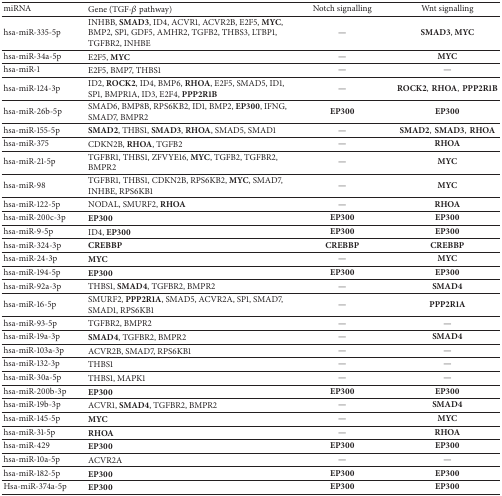
<table><thead><tr><td><b>miRNA</b></td><td><b>Gene (TGF-<i>β</i> pathway)</b></td><td><b>Notch signalling</b></td><td><b>Wnt signalling</b></td></tr></thead><tbody><tr><td>hsa-miR-335-5p</td><td>INHBB, <b>SMAD3</b>, ID4, ACVR1, ACVR2B, E2F5, <b>MYC</b>, BMP2, SP1, GDF5, AMHR2, TGFB2, THBS3, LTBP1, TGFBR2, INHBE</td><td>—</td><td><b>SMAD3</b>,<b> MYC</b></td></tr><tr><td>hsa-miR-34a-5p</td><td>E2F5, <b>MYC</b></td><td>—</td><td><b>MYC</b></td></tr><tr><td>hsa-miR-1</td><td>E2F5, BMP7, THBS1</td><td>—</td><td>—</td></tr><tr><td>hsa-miR-124-3p</td><td>ID2, <b>ROCK2</b>, ID4, BMP6, <b>RHOA</b>, E2F5, SMAD5, ID1, SP1, BMPR1A, ID3, E2F4, <b>PPP2R1B</b></td><td>—</td><td><b>ROCK2</b>,<b>RHOA</b>,<b></b><b>PPP2R1B</b></td></tr><tr><td>hsa-miR-26b-5p</td><td>SMAD6, BMP8B, RPS6KB2, ID1, BMP2, <b>EP300</b>, IFNG, SMAD7, BMPR2</td><td><b>EP300</b></td><td><b>EP300</b></td></tr><tr><td>hsa-miR-155-5p</td><td><b>SMAD2</b>, THBS1, <b>SMAD3</b>, <b>RHOA</b>, SMAD5, SMAD1</td><td>—</td><td><b>SMAD2</b>,<b>SMAD3</b>,<b>RHOA</b></td></tr><tr><td>hsa-miR-375</td><td>CDKN2B, <b>RHOA</b>, TGFB2</td><td>—</td><td><b>RHOA</b></td></tr><tr><td>hsa-miR-21-5p</td><td>TGFBR1, THBS1, ZFVYE16, <b>MYC</b>, TGFB2, TGFBR2, BMPR2</td><td>—</td><td><b>MYC</b></td></tr><tr><td>hsa-miR-98</td><td>TGFBR1, THBS1, CDKN2B, RPS6KB2, <b>MYC</b>, SMAD7, INHBE, RPS6KB1</td><td>—</td><td><b>MYC</b></td></tr><tr><td>hsa-miR-122-5p</td><td>NODAL, SMURF2, <b>RHOA</b></td><td>—</td><td><b>RHOA</b></td></tr><tr><td>hsa-miR-200c-3p</td><td><b>EP300</b></td><td><b>EP300</b></td><td><b>EP300</b></td></tr><tr><td>hsa-miR-9-5p</td><td>ID4, <b>EP300</b></td><td><b>EP300</b></td><td><b>EP300</b></td></tr><tr><td>hsa-miR-324-3p</td><td><b>CREBBP</b></td><td><b>CREBBP</b></td><td><b>CREBBP</b></td></tr><tr><td>hsa-miR-24-3p</td><td><b>MYC</b></td><td>—</td><td><b>MYC</b></td></tr><tr><td>hsa-miR-194-5p</td><td><b>EP300</b></td><td><b>EP300</b></td><td><b>EP300</b></td></tr><tr><td>hsa-miR-92a-3p</td><td>THBS1, <b>SMAD4</b>, TGFBR2, BMPR2</td><td>—</td><td><b>SMAD4</b></td></tr><tr><td>hsa-miR-16-5p</td><td>SMURF2, <b>PPP2R1A</b>, SMAD5, ACVR2A, SP1, SMAD7, SMAD1, RPS6KB1</td><td>—</td><td><b>PPP2R1A</b></td></tr><tr><td>hsa-miR-93-5p</td><td>TGFBR2, BMPR2</td><td>—</td><td>—</td></tr><tr><td>hsa-miR-19a-3p</td><td><b>SMAD4</b>, TGFBR2, BMPR2</td><td>—</td><td><b>SMAD4</b></td></tr><tr><td>hsa-miR-103a-3p</td><td>ACVR2B, SMAD7, RPS6KB1</td><td>—</td><td>—</td></tr><tr><td>hsa-miR-132-3p</td><td>THBS1</td><td>—</td><td>—</td></tr><tr><td>hsa-miR-30a-5p</td><td>THBS1, MAPK1</td><td>—</td><td>—</td></tr><tr><td>hsa-miR-200b-3p</td><td><b>EP300</b></td><td><b>EP300</b></td><td><b>EP300</b></td></tr><tr><td>hsa-miR-19b-3p</td><td>ACVR1, <b>SMAD4</b>, TGFBR2, BMPR2</td><td>—</td><td><b>SMAD4</b></td></tr><tr><td>hsa-miR-145-5p</td><td><b>MYC</b></td><td>—</td><td><b>MYC</b></td></tr><tr><td>hsa-miR-31-5p</td><td><b>RHOA</b></td><td>—</td><td><b>RHOA</b></td></tr><tr><td>hsa-miR-429</td><td><b>EP300</b></td><td><b>EP300</b></td><td><b>EP300</b></td></tr><tr><td>hsa-miR-10a-5p</td><td>ACVR2A</td><td>—</td><td>—</td></tr><tr><td>hsa-miR-182-5p</td><td><b>EP300</b></td><td><b>EP300</b></td><td><b>EP300</b></td></tr><tr><td>Hsa-miR-374a-5p</td><td><b>EP300</b></td><td><b>EP300</b></td><td><b>EP300</b></td></tr></tbody></table>